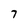
Character: 7